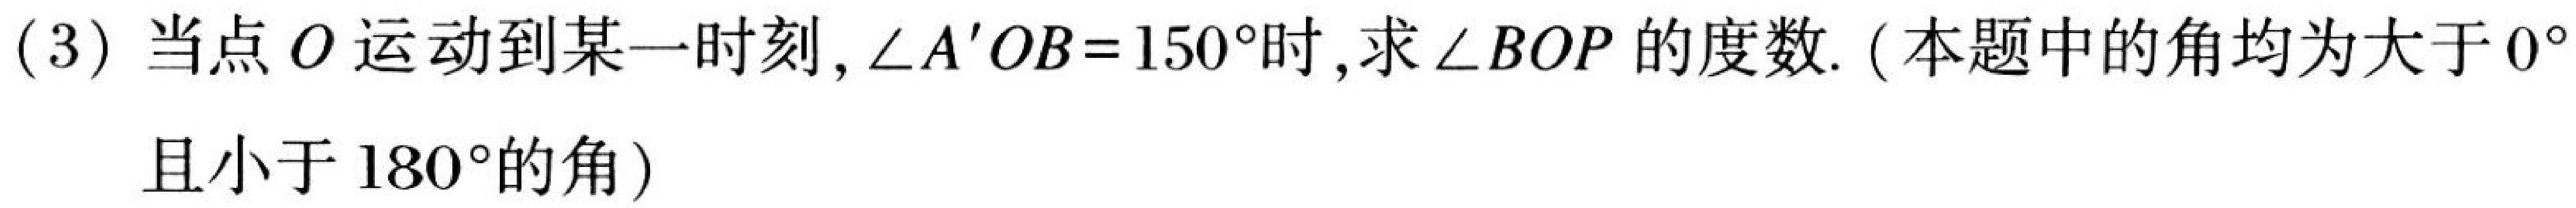
(3) 当点 \(O\) 运动到某一时刻, \(\angle A'OB = 150^{\circ}\)时,求\(\angle BOP\)的度数. (本题中的角均为大于 \(0^{\circ}\)
且小于 \(180^{\circ}\)的角)